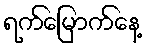
ရက်မြောက်နေ့